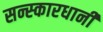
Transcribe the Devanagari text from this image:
सन्स्कारधानी